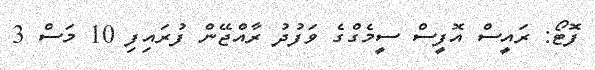
ފޮޓޯ: ރައީސް އޮފީސް ސީމެގްގެ ވަފުދު ރާއްޖޭން ފުރައިފި 10 މަސް 3